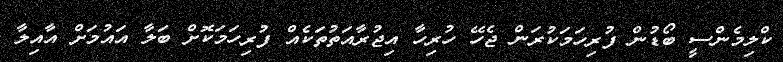
ކްލިމެންސީ ބޯޑުން ފުރިހަމަކުރަން ޖެހޭ ހުރިހާ އިޖުރާއަތުތަކެއް ފުރިހަމަކޮށް ބަލާ އައުމަށް އާއިލާ